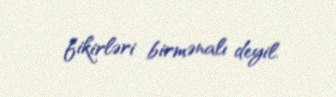
fikirləri birmənalı deyil.